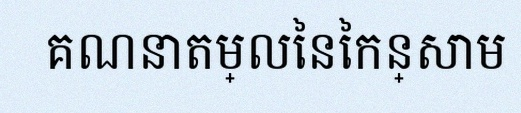
គណនាតម្លៃនៃកន្សោម